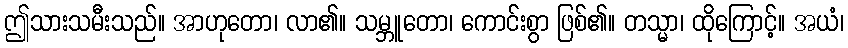
ဤသားသမီးသည်။ အာဟုတော၊ လာ၏။ သမ္ဘူတော၊ ကောင်းစွာ ဖြစ်၏။ တသ္မာ၊ ထိုကြောင့်။ အယံ၊